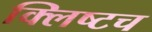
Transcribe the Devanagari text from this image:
क्लिष्टच